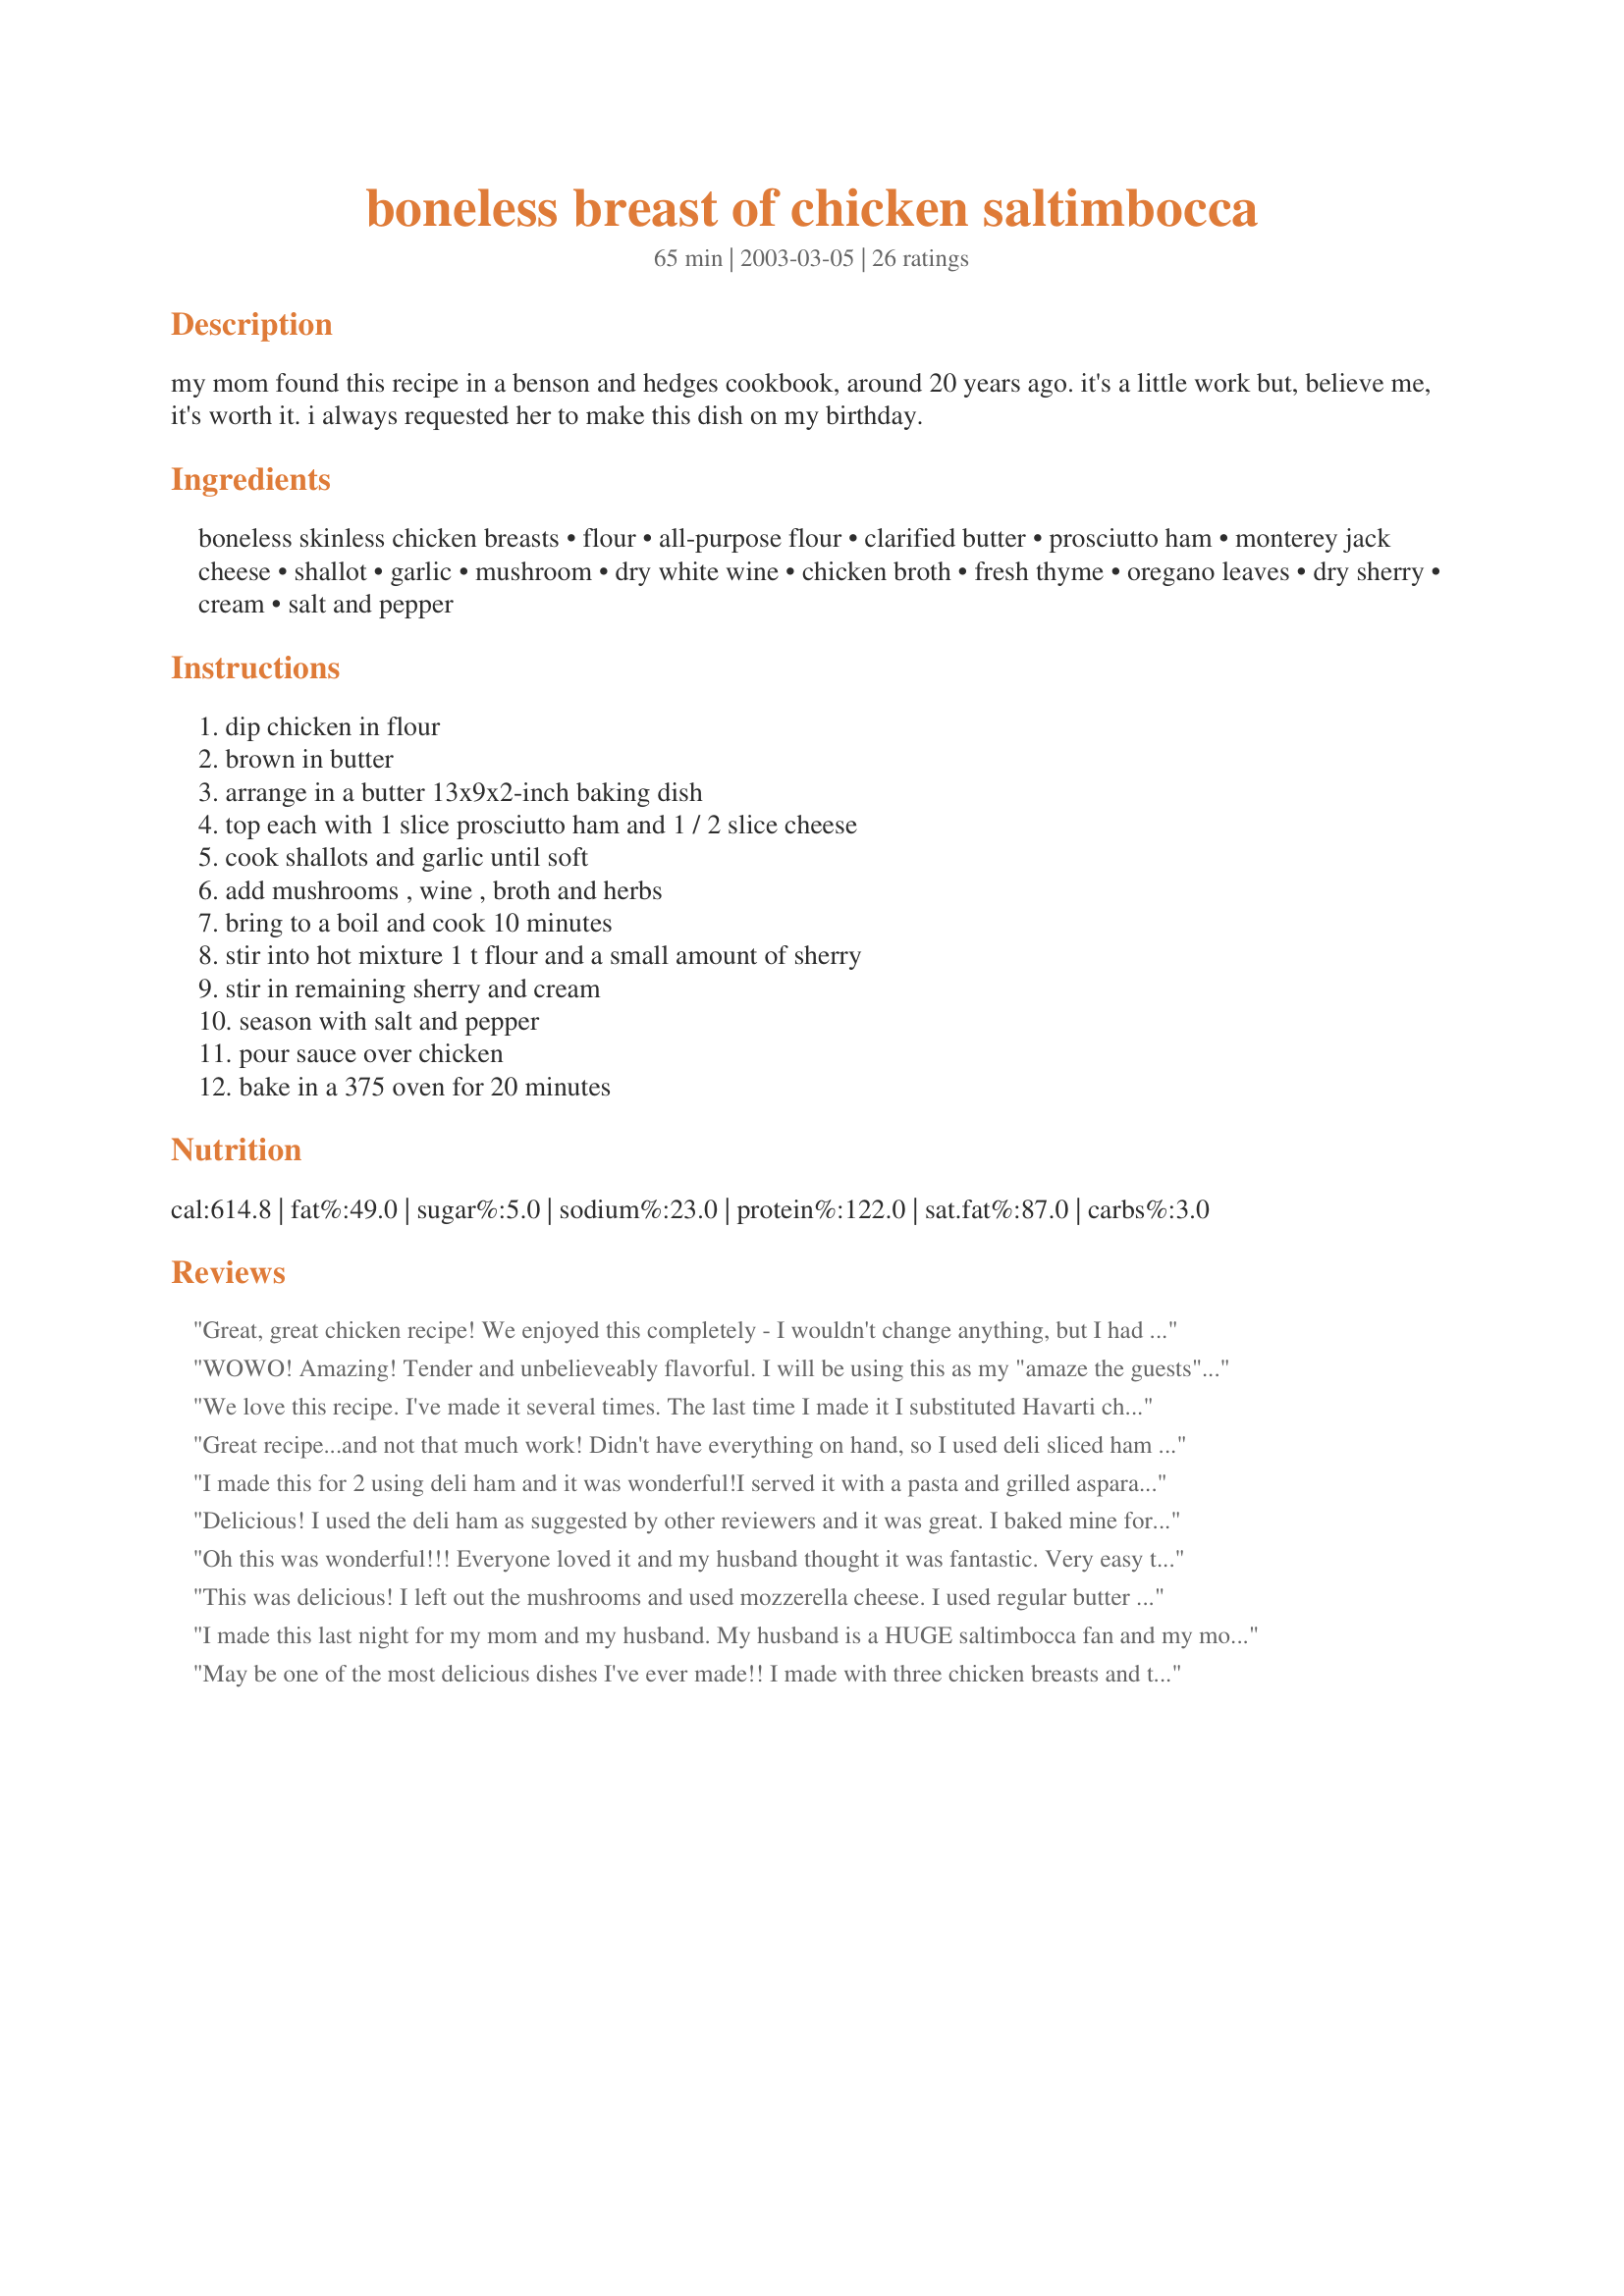
boneless breast of chicken saltimbocca
Preparation time: 65 minutes

my mom found this recipe in a benson and hedges cookbook, around 20 years ago. it's a little work but, believe me, it's worth it. i always requested her to make this dish on my birthday.

Ingredients:
boneless skinless chicken breasts, flour, all-purpose flour, clarified butter, prosciutto ham, monterey jack cheese, shallot, garlic, mushroom, dry white wine, chicken broth, fresh thyme, oregano leaves, dry sherry, cream, salt and pepper

Steps:
dip chicken in flour, brown in butter, arrange in a butter 13x9x2-inch baking dish, top each with 1 slice prosciutto ham and 1 / 2 slice cheese, cook shallots and garlic until soft, add mushrooms , wine , broth and herbs, bring to a boil and cook 10 minutes, stir into hot mixture 1 t flour and a small amount of sherry, stir in remaining sherry and cream, season with salt and pepper, pour sauce over chicken, bake in a 375 oven for 20 minutes

Reviews:
Great, great chicken recipe! We enjoyed this completely - I wouldn't change anything, but I had to because I didn't have any sherry or prosciutto so I just used some more of the white wine at the end and I used shaved ham that gave it a nice smokey taste. I will definately make this again. Thank you for posting.
WOWO! Amazing! Tender and unbelieveably flavorful. I will be using this as my "amaze the guests" recipe from now on. We used provolone cheese instead of monterey, and cream sherry instead of dry sherry since it's what we had on hand. The proscuitto lends the chicken a wonderful flavor; we couldn't imagine using anything else. It was easy to make with 2 people and the ingredients pre-measured and sliced ahead of time. We used Swanson's organic chicken broth with reduced sodium and it had the perfect amount of salt to it. Also didn't clarify the butter either, but we did use "european style" butter if that makes any difference.

Loved it. It was perfect, beyond my expectations.
We love this recipe. I've made it several times. The last time I made it I substituted Havarti cheese for jack cheese YUM! I generally serve it over angel hair pasta. I've served it with broccoli, cesar salad, and various other side dishes. I generally don't bother to clarify the butter I'm lazy it still comes out just fine.
Great recipe...and not that much work! Didn't have everything on hand, so I used deli sliced ham rather than proscuitto, onions and a few tablespoons of dried chives rather than the green onion, and 1/2 and 1/2 vs. cream...and my entire family raved. Thanks Jude! P.S. looked up the word saltimbocca, which means "jumps in the mouth" in Italian....my kids loved that!
I made this for 2 using deli ham and it was wonderful!I served it with a pasta and grilled asparagus.Thank you so much for posting.I use to make Chicken Saltimbocca and it was so much more trouble but your recipe gives us the same great taste without all the extra work.
Delicious! I used the deli ham as suggested by other reviewers and it was great. I baked mine for 30 min as my chicken was a bit thick. I can't wait for leftovers tomorrow!
Oh this was wonderful!!! Everyone loved it and my husband thought it was fantastic. Very easy to make. I put everything together a couple of hours before the company and then just popped it in the oven. I forgot to clarify the butter and used portabello mushrooms...excellent...thank you
This was delicious! I left out the mushrooms and used mozzerella cheese. I used regular butter since I did not have any clarified. A great dish to impress with.
I made this last night for my mom and my husband. My husband is a HUGE saltimbocca fan and my mom never had it before. Both totally thought this was 5 stars. I thought it was 4 stars. I'll go with their rating since I would only rate this unfairly because chicken saltimbocca is probably not something I would ever order in a restaurant. It was VERY tasty...easy to prepare if you prep in advance. I used 8 ounces of baby bella mushrooms and 8 ounces of button mushrooms. I used fontina cheese rather than the monterey jack. I increased the garlic by a few cloves but otherwise kept as is. My husband had the leftovers the next day and actually thought the dish was even better....if that's possible. All in all...a HUGE success. Coming from a guy who eats saltimbocca everywhere he goes, this speaks volumes about this recipe. Thanks for posting!
May be one of the most delicious dishes I've ever made!! I made with three chicken breasts and tweaked a bit. Here's how: cut the breasts in half width-wise, washed and patted dry, then browned for 4 minutes on each side; used mozzarella cheese, not monterey jack; used 1/4 c. butter, not clarified; 1/8 c. shallots and 5 scallions, white and green part, 1/2 c. white wine, NO sherry, 1/2 Tbsp. flour to thicken, 1/3 c. chicken broth, 1/4 c. heavy cream, and the rest of the ingredients. I ladelled 1/2 the mushroom/cream mixture over the chicken, baked for 20 at 375, then served with the rest of the mushroom mixture ladelled over the finished product. I'm glad I left some of the mushroom mixture for the end, as the mixture burned off somewhat in the oven. I served with ziti on the side, and Green Giant's Simply Steam green beans and almonds. My only minor, minor issue is that the chicken could have been either browned for a minute more on each side, or baked for two or three minutes more. Or, one can pound the chicken breast a little thinner. Great recipe!
Just made this meal for a church Christmas party. 56 people women now want the recipe...it was THAT good. 

Like others, I used mozz and parm instead of jack. The only thing I'd do differently is spoon the thickened sauce over the chicken after it's done cooking. It was excellent.
We had this last night for dinner.
It is a five star recipe. It took a little work but very much worth the effort. I made this for two but cut the sauce ingredients in half. Wonderful. Please try this wonderful recipe. I served it with a spinach salad.
I went to Little Italy's Mggianos and had this dish..loved it..so of course I just had to make it at home, of all the recipes I looked at..this seemed to be the closest one...this was soooo good! It was good to all my senses..it smelled good, it looked good and it tasted even better..Thanks for posting!!
WOW!!! This is a great recipe. We&#039;ve been making it for 20 years. It&#039;s a great recipe to make for a party. Cut the chicken halves in half. You can even get everything ready the day before. Bake it the day of the party and put in chafing dishes. Most people really enjoy it. YUMMY!
Made this last night for a friend's b-day. Enjoyed by all. Great recipe, though I doubled the amount of garlic, shallots, and mushrooms (used white and baby portabello)and used a bit more broth and gruyere cheese. Really great.
Excellent..My family loved it. I also did not clarify the butter.Deli ham worked great too . I think next time instead of Monterey Jack cheese, I will use Mozzerella or Provolone cheese. That would seem to fit the taste better. I served it over a bed of penne pasta. This is a definate keeper.
I must say, being a Saltimbocca fan this was extremely tasty and easy! I used provolone and a good cut of prosciutto and would never replace that with an ordinary ham. My DS who now is 17 (majorily in the teenage years) gave huge thumbs up and actually ate two servings. Didn't serve over pasta like another reviewer suggested, but definitely will next (there will be a next time)! Only made 3 whole breasts, but kept the sauce ingredients the same for the "6" called for breasts. Oh & didn't use clarified butter, was too lazy and I really don't think it would have made a difference. Chef's hats off for this one!!!!!
I changes some of the direction ( instead of pan fried with flour, I just cubbed and stir fry the chicken), but still taste very good. Thank you!
FANTASTIC RECIPE. Use this recipe as a company dinner when you want to wow your guests. I followed recipe exactly using half & half for the cream, and baby portobella mushrooms. I did not clarify the butter...was in a hurry. Because my chicken was rather thick, I baked it in a covered casserole for 20 mins., removed the foil, and baked an additional 10 mins. Perfect!!!I think this recipe would be excellent using deli sliced ham instead of the expensive (and salty) prosciutto. Thanks Judy for sharing this wonderful dinner recipe.
I made this for a friend who acts as my &quot;guinea pig&quot; for new recipes. I made it exactly as written except I used provolone cheese (that&#039;s what I had in the house) instead of Monterey jack. It was AMAZING! Looking forward to my next dinner party, this will wow them! Definitely raising the bar on myself with this one.
I wish I could give this recipe more than 5 stars. My DH ate 4 servings of this and took the leftovers for lunch the next day. The only changes is that I used Fontina Cheese rather than the Monterey Jack and a cream sherry. For the mushrooms, I used an exotic blend of shitake, cremini, oyster and enoki mushrooms. Thanks for sharing this GREAT recipe!!
Very tasty! Wish the sauce would have thickened up a little more, but very good nonetheless.
I made this the other night and my DH decided this was his new favorite way for chicken. He would have given it a higher rating than a 5. However, myself and DS liked it but did not love it like DH. I used provolone cheese. I will probably try Black Forest Ham next time I make this.
it was so delicious i did not change anything and loved it
So delicious and much easier than I thought. Turned out perfect, and to many kudos from my family. Thanks for sharing!
This recipe tasted amazing! I, too, didn't clarify the butter. I also used Provolone cheese slices. I had to go to two stores to find the prosciutto, but as I love the taste of it, it was worth it. My sauce thickened up nicely. I mixed the flour and enough of the 1/2 cup of sherry to make a paste, then I added it to the sauce. I also wasn't ready to add the sauce to the chicken right when it was done, so I let it sit on the stove, and that thickened it up nicely. Lastly, I have previously disregarded recipes that have sherry in them, as I hated the taste. However, in this recipe it tasted wonderfully! I am so glad I made it as written instead of substituting another ingredient. I would definitely make this again!
